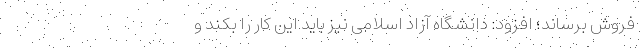
فروش برساند؛ افزود: دانشگاه آزاد اسلامی نیز باید این کار را بکند و